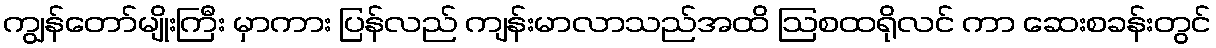
ကျွန်တော်မျိုးကြီး မှာကား ပြန်လည် ကျန်းမာလာသည်အထိ ဩစထရိုလင် ကာ ဆေးစခန်းတွင်